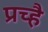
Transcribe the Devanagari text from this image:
प्रच्है